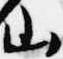
山